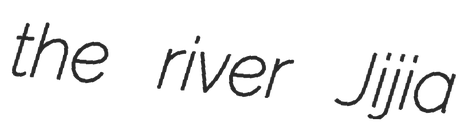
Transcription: the river Jijia